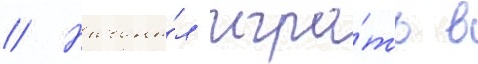
// Начина́л игра́ть в